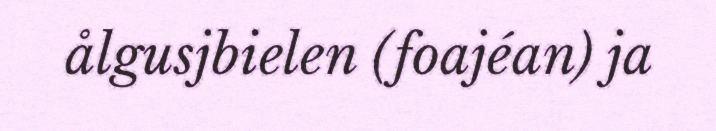
ålgusjbielen (foajéan) ja